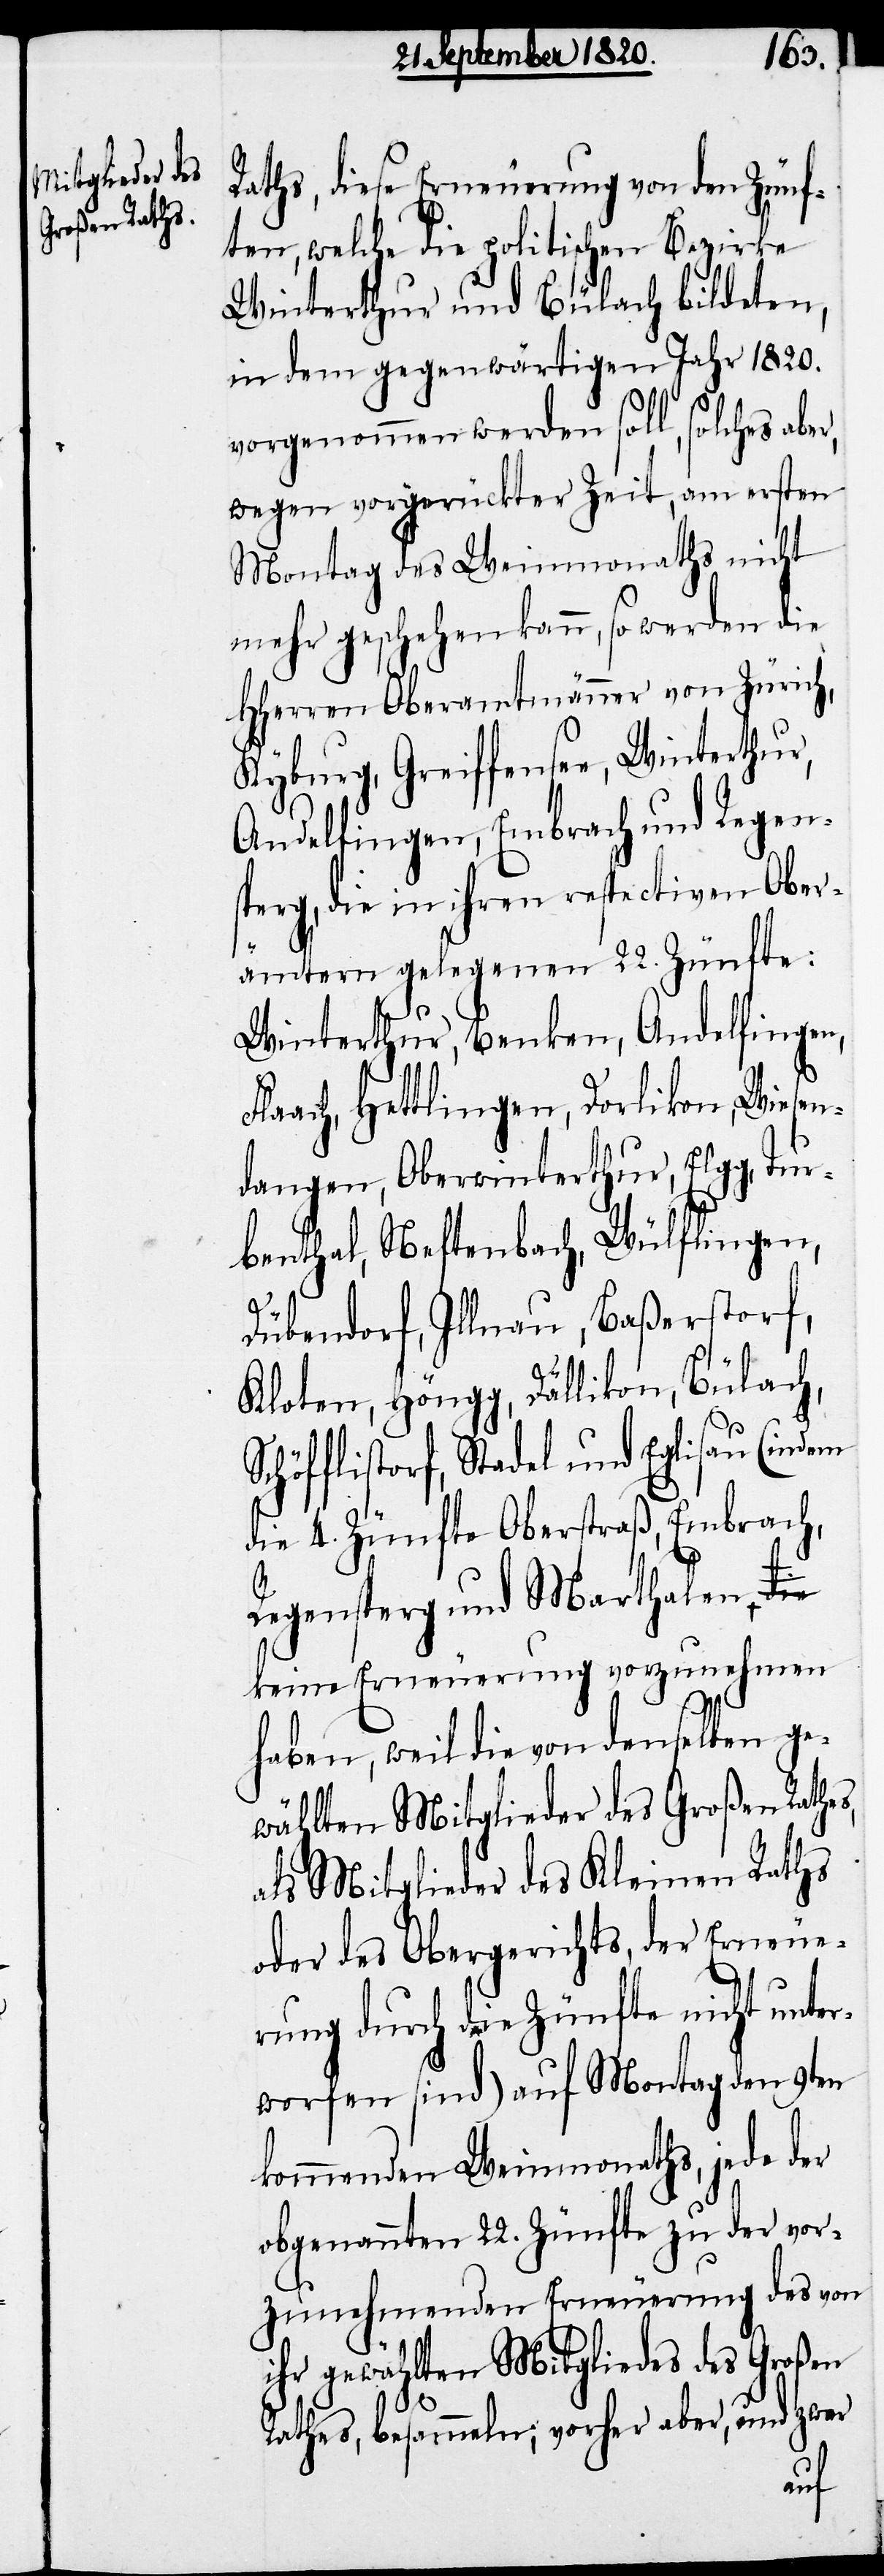
Raths, diese Erneuerung von den Zünf¬
ten, welche die politischen Bezirke
Winterthur und Bülach bildeten,
in dem gegenwärtigen Jahr 1820.
vorgenommen werden soll, solches abe¬
wegen vorgerückter Zeit, am ersten
Montag des Weimonaths nicht
mehr geschehen kann, so werden die
HHerren Oberamtmänner von Zürich,
Kyburg, Greiffensee, Winterthur,
Andelfingen, Embrach und Regen¬
sperg, die in ihren respectiven Ober¬
ämtern gelegenen 22. Zünfte:
Winterthur, Benken, Andelfingen,
laach, Hettlingen, Dorlikon, Wiesen¬
dangen, Oberwinterthur, Elgg, Tur¬
benthal, Neftenbach, Wülflingen,
s,
Dübendorf, Illnau, Baßerstorf,
Kloten, Höngg, Dällikon, Bülach,
chöfflistorf, Stadel und Eglisau (indem
die 4. Zünfte Oberstraß, Embrach,
Regensperg und Marthalen
keine Erneuerung vorzunehmen
haben, weil die von demselben ge¬
wählten Mitglieder des Großen Rathe¬
als Mitglieder des Kleinen Raths
oder des Obergerichts, der Erneue¬
rung durch die Zünfte nicht unter¬
worfen sind) auf Montag den 9ten
kommenden Weimonaths, jede der
obgenannten 22. Zünfte zu der vor¬
zunehmenden Erneuerung des von
ihr gewählten Mitgliedes des Großen
Rathes, besammeln; vorher aber, und zwar